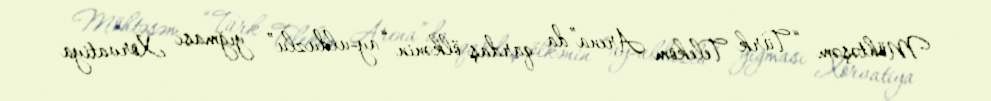
Möhtəşəm “Türk Telekom Arena”da qardaş ölkənin “ay-ulduzlu” yığması Xorvatiya